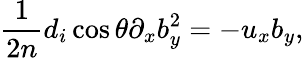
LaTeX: \frac{1}{2n}d_{i}\cos\theta\partial_{x}b_{y}^{2}=-u_{x}b_{y},